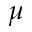
\mu